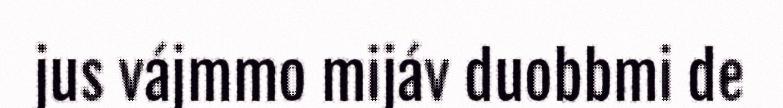
jus vájmmo mijáv duobbmi de